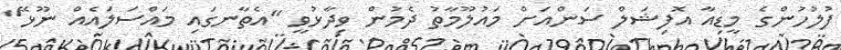
ފުލުހުންގެ މީޑިއާ އޮފިޝަލް ސަންއަށް މައުލޫމާތު ދެމުން ވިދާޅުވީ "އެތާނގައި މައްސަލައެއް ނޫޅޭ"